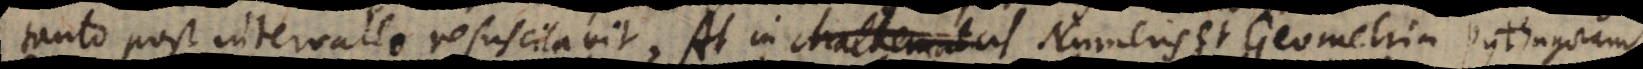
tanto post intervallo resuscitavit. At in Numeris et Geometria Pythagoram